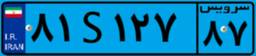
۸۱S۱۲۷۸۷